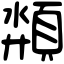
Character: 頮